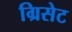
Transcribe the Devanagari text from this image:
ग्रिसेट